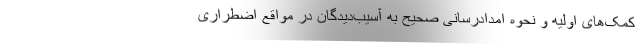
کمک‌های اولیه و نحوه امدادرسانی صحیح به آسیب‌دیدگان در مواقع اضطراری